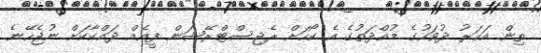
ތިން އަހަރު ދުވަހުގެ މުއްދަތުގެ އެ ކޯހަށް ރެޖިސްޓްރޭޝަން ފީއެއް ދައްކާކަށް ނުޖެހޭނެ